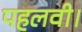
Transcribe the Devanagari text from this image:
पहलवी।